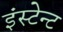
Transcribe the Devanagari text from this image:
इंस्टेन्ट